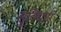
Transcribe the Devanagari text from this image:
सूविधाएं